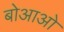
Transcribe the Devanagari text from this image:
बोआओ